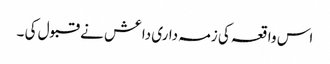
اس واقعہ کی زمہ داری داعش نے قبول کی ۔